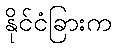
နိုင်ငံခြားက